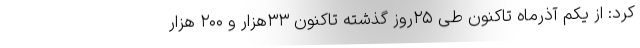
کرد: از یکم آذرماه تاکنون طی ۲۵روز گذشته تاکنون ۳۳هزار و ۲۰۰ هزار